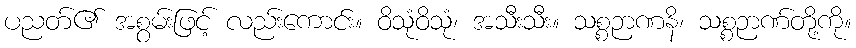
ပညတ်၏ အစွမ်းဖြင့် လည်းကောင်း။ ဝိသုံဝိသုံ၊ အသီးသီး။ သစ္စဉာဏနိ၊ သစ္စဉာဏ်တို့ကို။